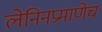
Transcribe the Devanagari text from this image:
लेनिनप्रमाणेच